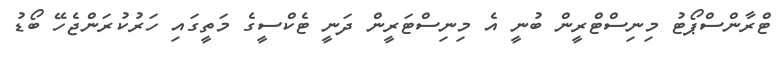
ޓްރާންސްޕޯޓު މިނިސްޓްރީން ބުނީ އެ މިނިސްޓަރީން ދަނީ ޓެކްސީގެ މަތީގައި ހަރުކުރަންޖެހޭ ބޯޑު